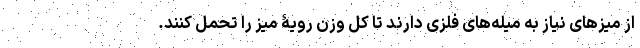
از میزهای نیاز به میله‌های فلزی دارند تا کل وزن رویۀ میز را تحمل کنند.